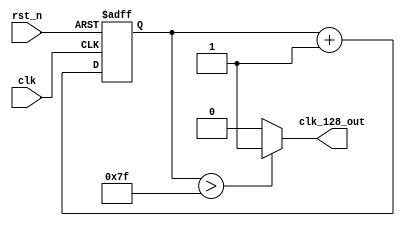
module clk128 (
    clk, rst_n, clk_128_out
);
    input clk, rst_n;
    output clk_128_out;

    reg [7:0] cnt_128;
    wire clk_128_out;

assign clk_128_out = (cnt_128 > 8'd127)? 1'b1 : 1'b0;
/* this is a dff, so there is a clk delay
    always @(posedge clk or negedge rst_n) begin
       if (!rst_n) begin
           clk_128_out <= 1'b0;
       end else begin
           clk_128_out <= cnt_128 > 4'd7 ? 1'b1: 1'b0;
       end 
    end
*/
    always @(posedge clk or negedge rst_n) begin
        if (!rst_n) begin
            cnt_128 <= 8'b0000_0000;
        end else begin
            cnt_128 <= cnt_128 + 8'b0000_0001;
        end 
    end
endmodule